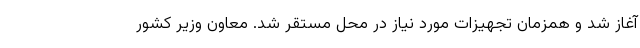
آغاز شد و همزمان تجهیزات مورد نیاز در محل مستقر شد. معاون وزیر کشور